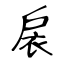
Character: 扆